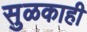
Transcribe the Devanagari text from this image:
सुळकाही